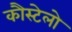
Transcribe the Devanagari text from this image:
कौस्टेलो